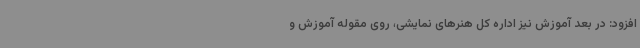
افزود: در بعد آموزش نیز اداره کل هنرهای نمایشی، روی مقوله آموزش و